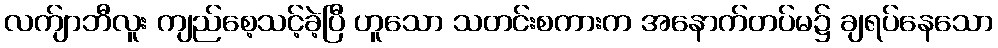
လက်ျာဘီလူး ကျည်စေ့သင့်ခဲ့ပြီ ဟူသော သတင်းစကားက အနောက်တပ်မ၌ ချရပ်နေသော